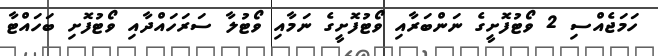
ހަމަޖެއްސި 2 ވޯޓުފޮށީގެ ނަންބަރާއި ވޯޓުފޮށީގެ ނަމާއި ވޯޓުލާ ސަރަހައްދާއި ވޯޓުފޮށި ބަހައްޓާ